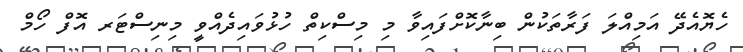
ހެޔޮއެދޭ އަމިއްލަ ފަރާތަކުން ބިނާކޮށްފައިވާ މި މިސްކިތް ހުޅުވައިދެއްވީ މިނިސްޓަރ އޮފް ހޯމް